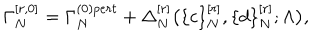
\Gamma _ { N } ^ { [ r , 0 ] } = \Gamma _ { N } ^ { ( 0 ) p e r t } + \Delta _ { N } ^ { [ r ] } \big ( \{ c \} _ { N } ^ { [ r ] } , \{ d \} _ { N } ^ { [ r ] } ; \Lambda \big ) ,